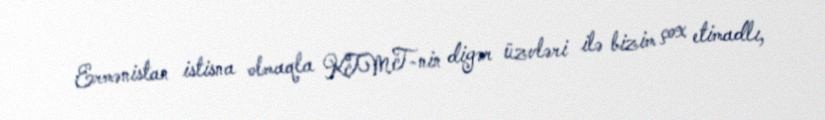
Ermənistan istisna olmaqla KTMT-nin digər üzvləri ilə bizim çox etimadlı,